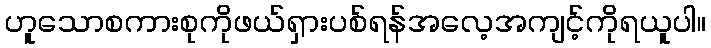
ဟူသောစကားစုကိုဖယ်ရှားပစ်ရန်အလေ့အကျင့်ကိုရယူပါ။